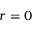
r = 0